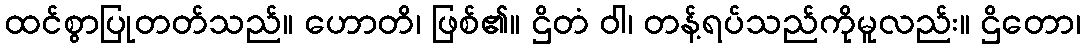
ထင်စွာပြုတတ်သည်။ ဟောတိ၊ ဖြစ်၏။ ဌိတံ ဝါ၊ တန့်ရပ်သည်ကိုမူလည်း။ ဌိတော၊